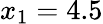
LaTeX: x_{1}=4.5